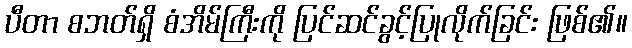
ပီတာ စဘတ်ရှိ စံအိမ်ကြီးကို ပြင်ဆင်ခွင့်ပြုလိုက်ခြင်း ဖြစ်၏။